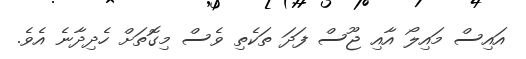
އައިސް މައިލޯ އާއި ޖޫސް ފަދަ ތަކެތި ވެސް މިގޮތަށް ހެދިދާނެ އެވެ.